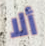
ألا